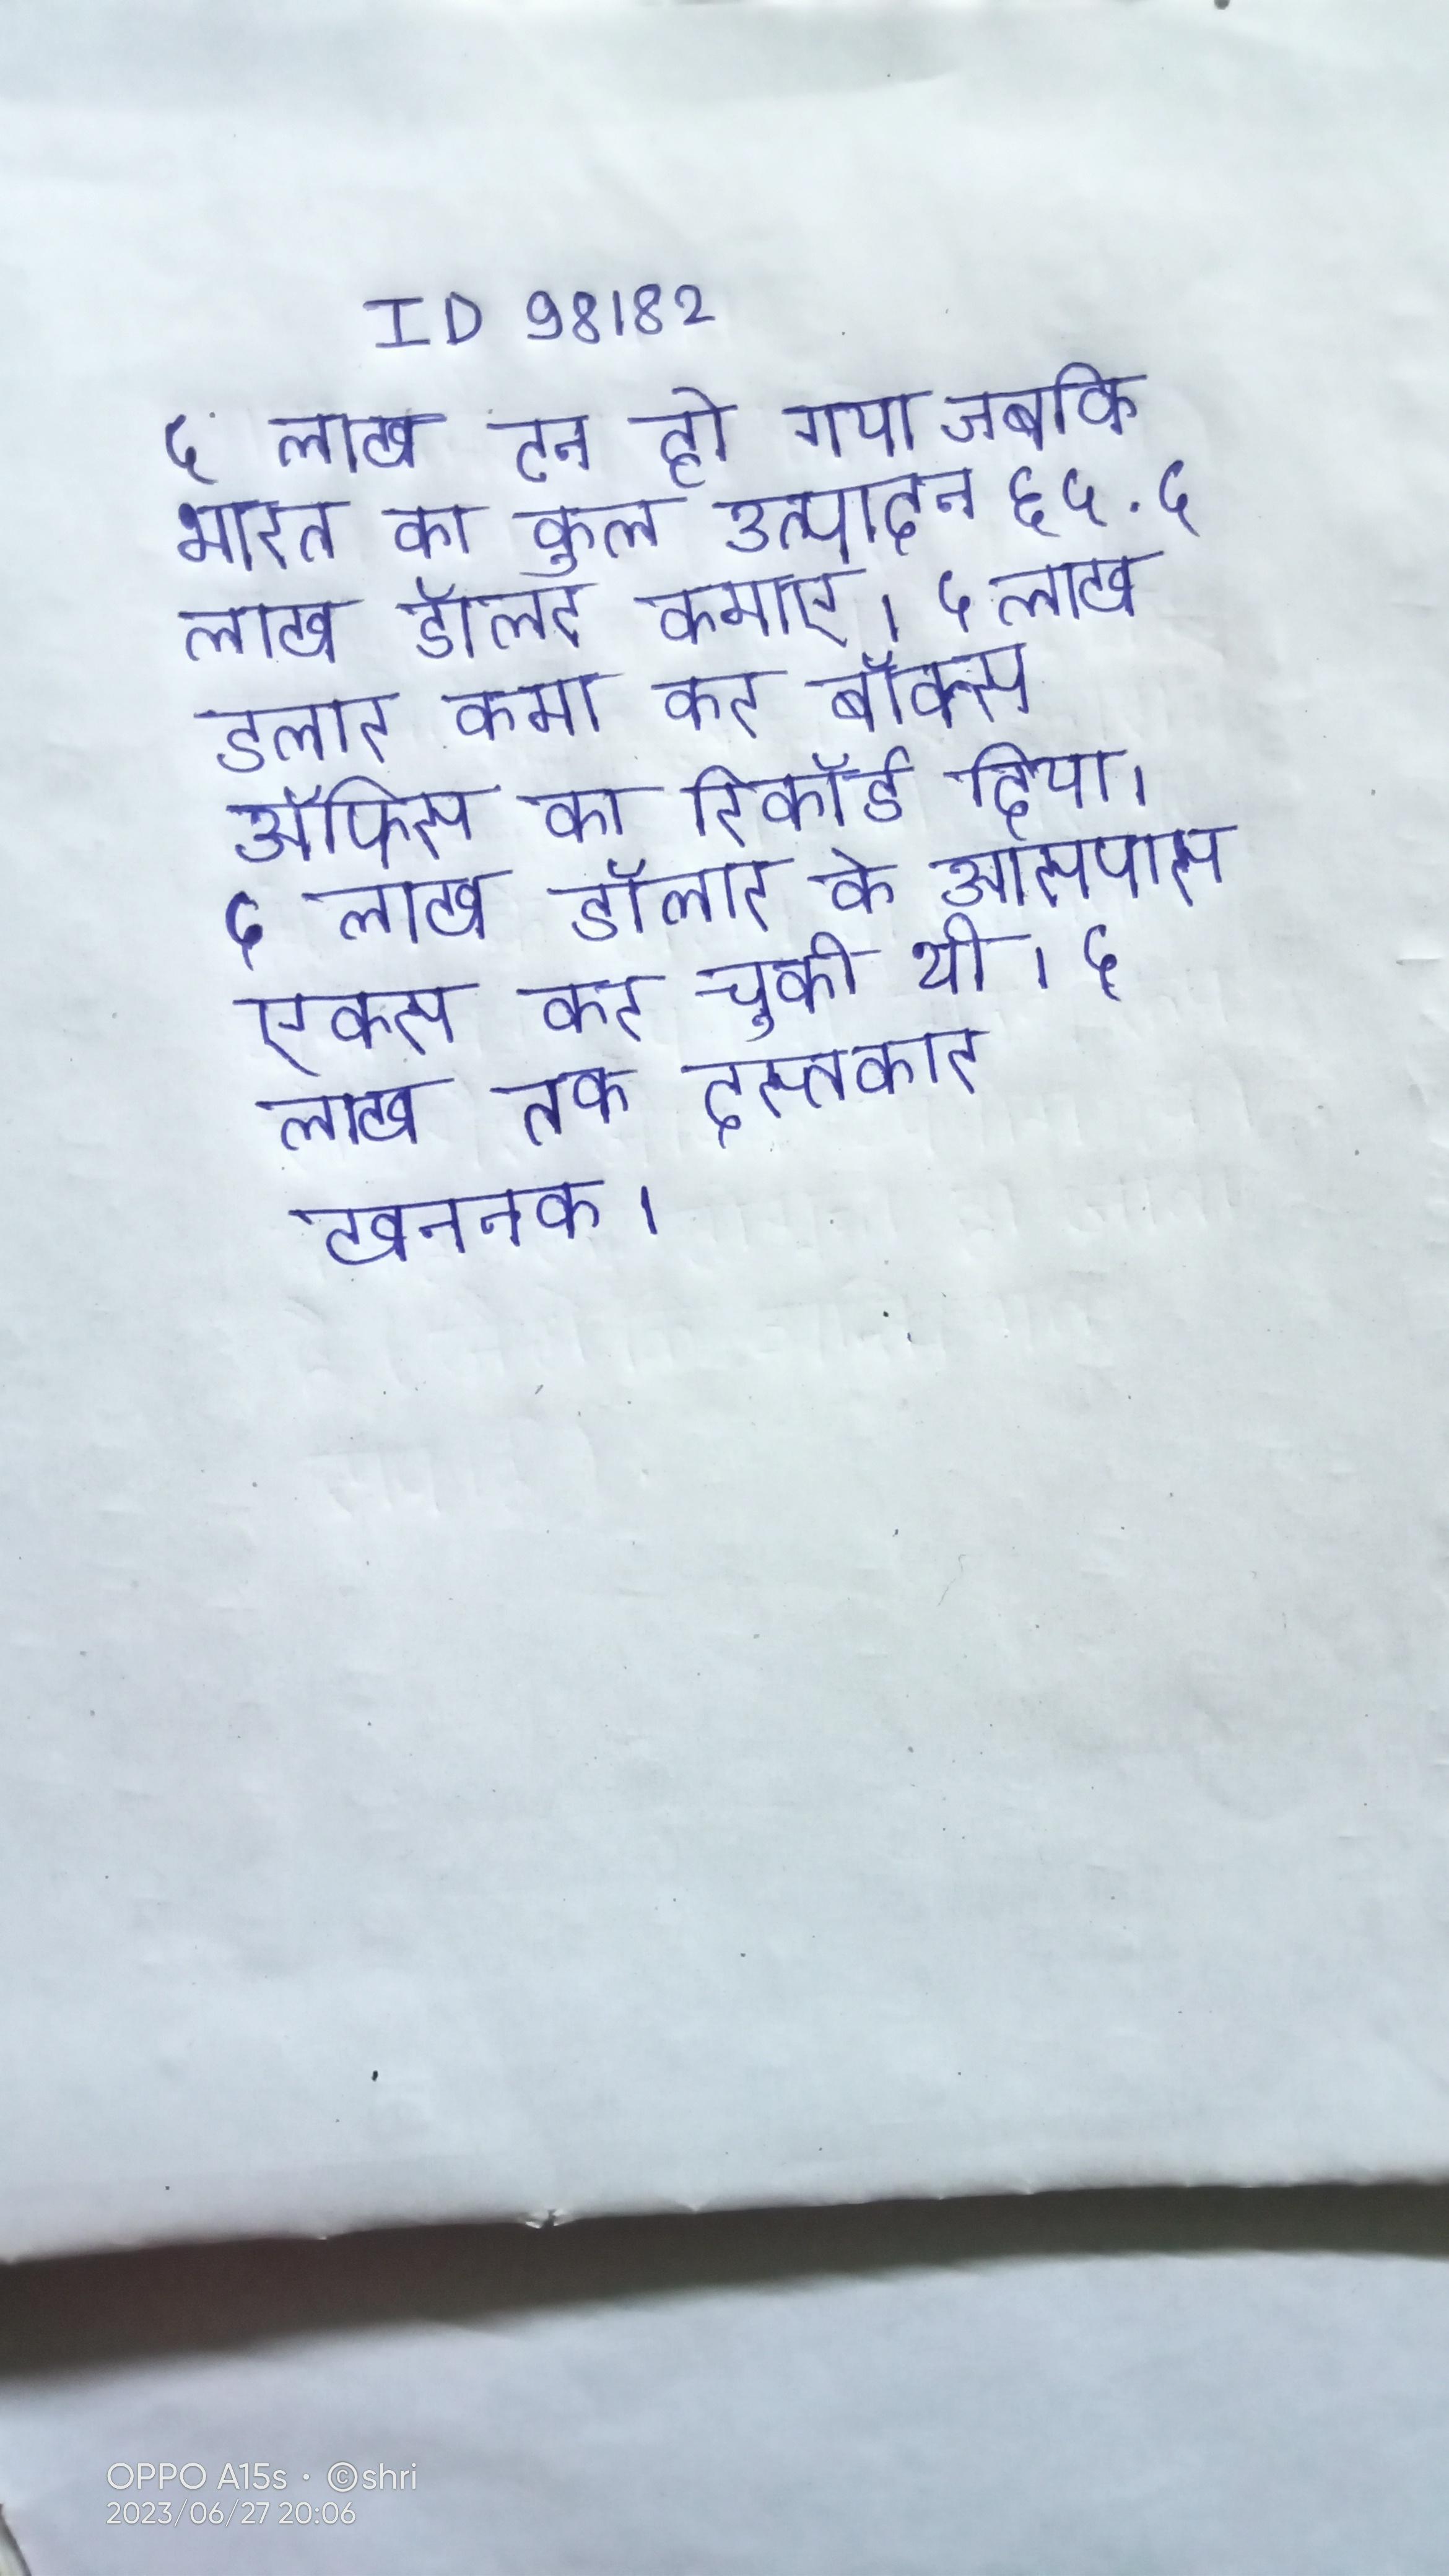
५ लाख टन हो गया जबकि भारत का कुल उत्पादन ६५ . ५ लाख डॉलर कमाए । ५ लाख डॉलर कमा कर बॉक्स ऑफिस का रिकॉर्ड दिया । ५ लाख डॉलर के आसपास एकत्र कर चुकी थी । ५ लाख तक दस्तकार खननक ।